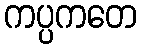
ကပ္ပကတေ